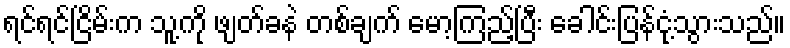
ရင်ရင်ငြိမ်းက သူ့ကို ဖျတ်ခနဲ တစ်ချက် မော့ကြည့်ပြီး ခေါင်းပြန်ငုံ့သွားသည်။